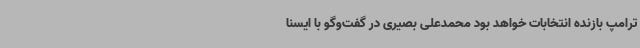
ترامپ بازنده انتخابات خواهد بود محمدعلی بصیری در گفت‌وگو با ایسنا